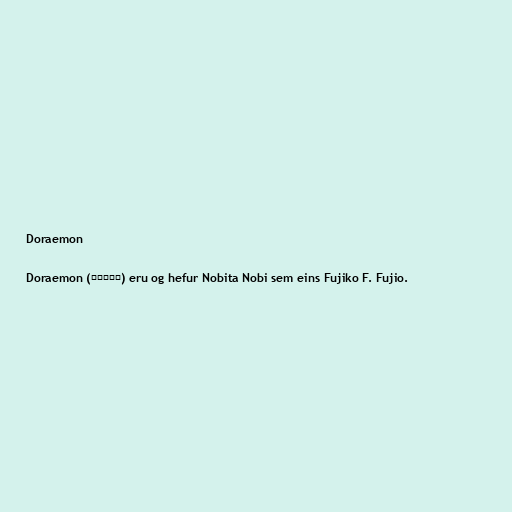
Doraemon

Doraemon (ドラえもん) eru og hefur Nobita Nobi sem eins Fujiko F. Fujio.